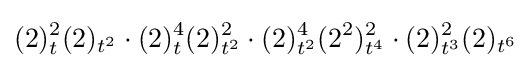
(2)_{t}^{2}(2)_{t^{2}}\cdot (2)_{t}^{4}(2)_{t^{2}}^{2}\cdot (2)_{t^{2}}^{4}(2^{2})_{t^{4}}^{2}\cdot (2)_{t^{3}}^{2}(2)_{t^{6}}